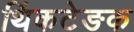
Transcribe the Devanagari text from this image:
थिंकटेङक